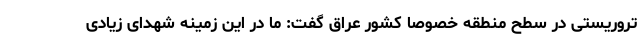
تروریستی در سطح منطقه خصوصا کشور عراق گفت: ما در این زمینه شهدای زیادی